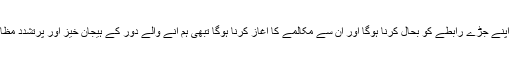
اور اعتدال پسند دیوبندی اکثریت سے اپنے جڑے رابطے کو بحال کرنا ہوگا اور ان سے مکالمے کا آغاز کرنا ہوگا تبھی ہم آنے والے دور کے ہیجان خیز اور پرتشدد مظاہر سے بچنے کی امید کرسکتے ہیں۔